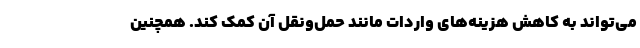
می‌تواند به کاهش هزینه‌های واردات مانند حمل‌ونقل آن کمک کند. همچنین